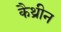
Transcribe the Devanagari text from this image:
कैथ्रीन